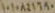
١٠١٠٨٤١٦٩٠